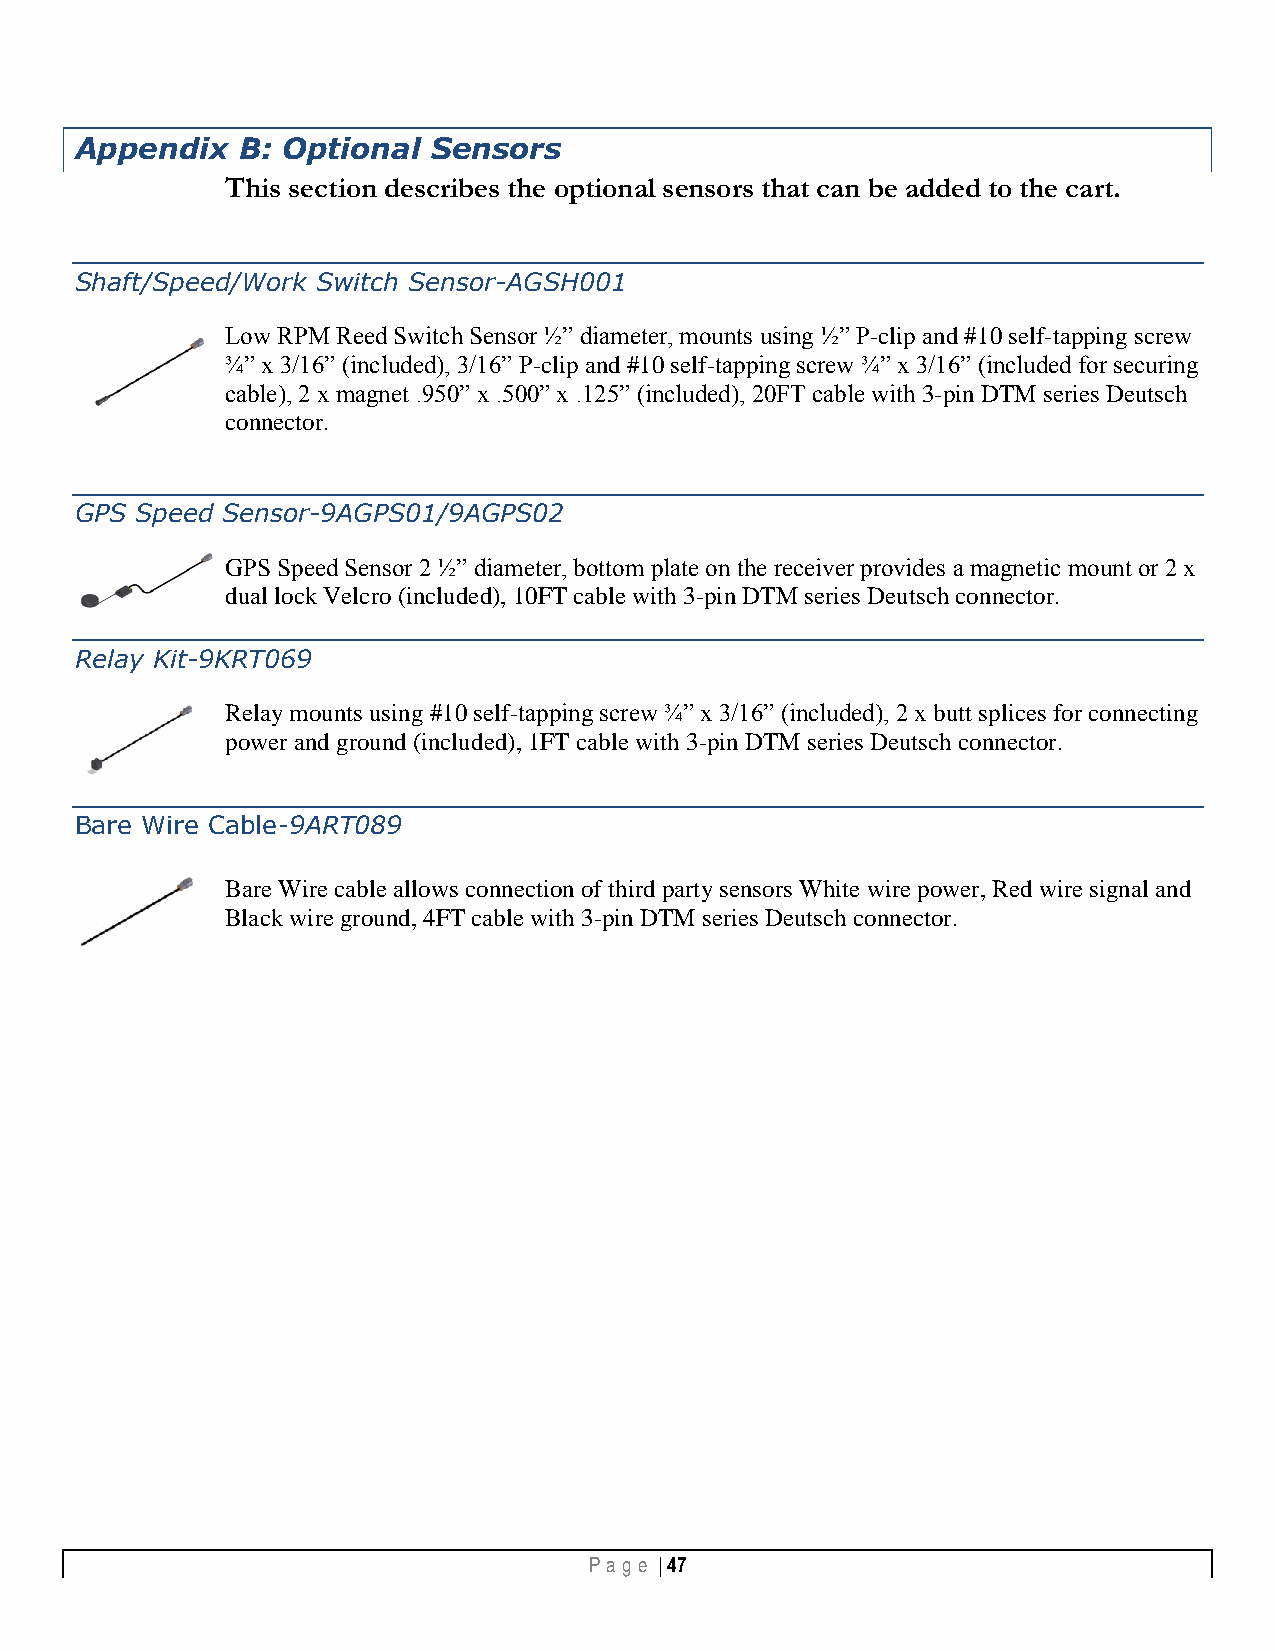
Appendix   B: Optional  Sensors
 This section describes the optional sensors that can be added to the cart.
 Shaft/Speed/Work Switch Sensor-AGSH001
 Low RPM Reed Switch Sensor ½” diameter, mounts using ½” P-clip and #10 self-tapping screw
 ¾” x 3/16” (included), 3/16” P-clip and #10 self-tapping screw ¾” x 3/16” (included for securing
 cable), 2 x magnet .950” x .500” x .125” (included), 20FT cable with 3-pin DTM series Deutsch
 connector.
 GPS Speed Sensor-9AGPS01/9AGPS02
 GPS Speed Sensor 2 ½” diameter, bottom plate on the receiver provides a magnetic mount or 2 x
 dual lock Velcro (included), 10FT cable with 3-pin DTM series Deutsch connector.
 Relay Kit-9KRT069
 Relay mounts using #10 self-tapping screw ¾” x 3/16” (included), 2 x butt splices for connecting
 power and ground (included), 1FT cable with 3-pin DTM series Deutsch connector.
 Bare Wire Cable-9ART089
 Bare Wire cable allows connection of third party sensors White wire power, Red wire signal and
 Black wire ground, 4FT cable with 3-pin DTM series Deutsch connector.
 Pa g e | 47